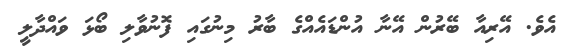
އެވެ. އޭރިއާ ބޭރުން އޭނާ އުންޑައެއްގެ ބާރު މިނުގައި ފޮނުވާލި ބޯޅަ ވައްދާލީ